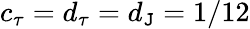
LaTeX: c_{\tau}=d_{\tau}=d_{\mathtt{J}}=1/12